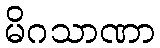
မိဂသာဏာ